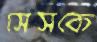
সেসকে